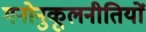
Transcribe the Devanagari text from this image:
मनोनुकूलनीतियों